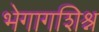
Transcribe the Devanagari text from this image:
भेगागशिश्न